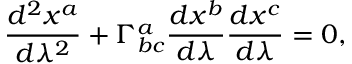
\frac { d ^ { 2 } x ^ { a } } { d \lambda ^ { 2 } } + \Gamma _ { b c } ^ { a } \frac { d x ^ { b } } { d \lambda } \frac { d x ^ { c } } { d \lambda } = 0 ,